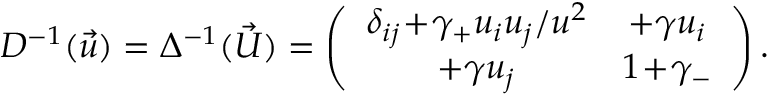
D ^ { - 1 } ( \vec { u } ) = \Delta ^ { - 1 } ( \vec { U } ) = \left( \begin{array} { c c } { { \delta _ { i j } \! + \! \gamma _ { + } u _ { i } u _ { j } / u ^ { 2 } } } & { { + \gamma u _ { i } } } \\ { { + \gamma u _ { j } } } & { { 1 \! + \! \gamma _ { - } } } \end{array} \right) .